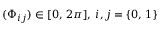
( \Phi _ { i j } ) \in [ 0 , \, 2 \pi ] , \: i , j = \lbrace 0 , \, 1 \rbrace